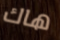
هاك